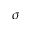
\sigma